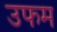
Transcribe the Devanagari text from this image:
उफम